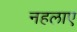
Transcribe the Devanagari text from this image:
नहलाए